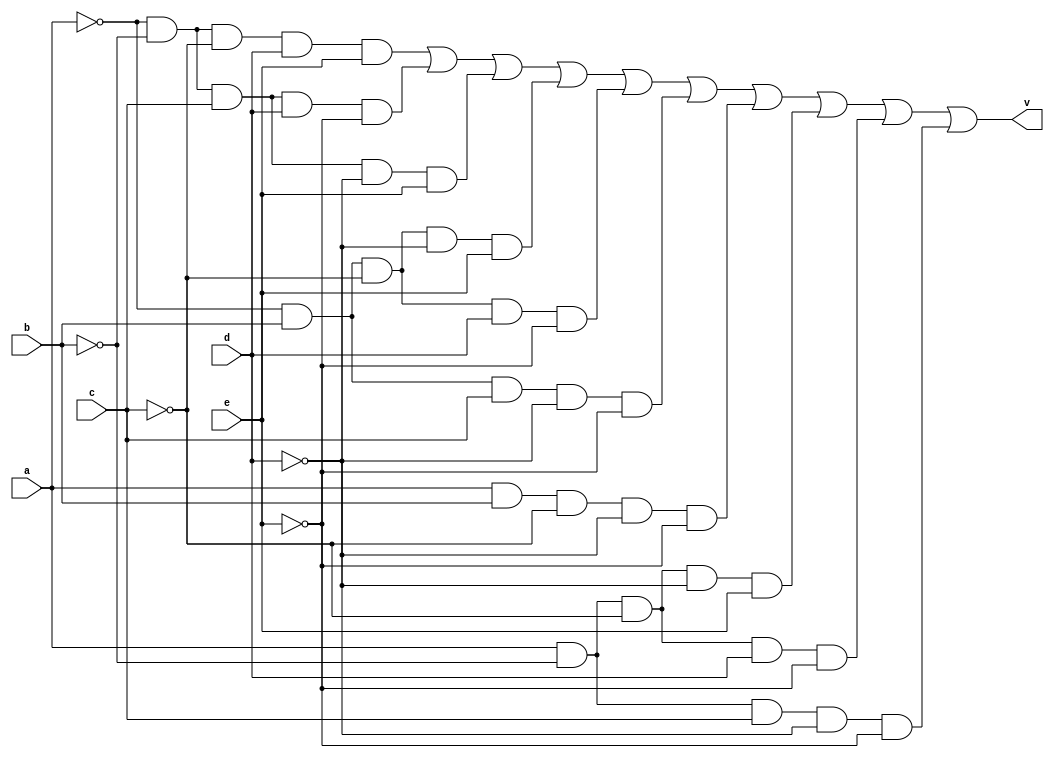
module validator (
	a, b, c, d, e,
	v
);

	input  a, b, c, d, e;
	output v;
	
	wire an, bn, cn, dn, en;
	wire o1, o2, o3, o4, o5, o6, o7, o8, o9, o10;
	
	not(an, a);
	not(bn, b);
	not(cn, c);
	not(dn, d);
	not(en, e);
	
	// 1
	and(o1, an, bn, cn, d, e);
	
	// 2
	and(o2, an, bn, c, d, en);
	
	// 3
	and(o3, an, bn, c, dn, e);
	
	// 4
	and(o4, an, b, cn, dn, e);
	
	// 5
	and(o5, an, b, cn, d, en);
	
	// 6
	and(o6, an, b, c, dn, en);
	
	// 7
	and(o7, a, b, cn, dn, en);
	
	// 8
	and(o8, a, bn, cn, dn, e);
	
	// 9
	and(o9, a, bn, cn, d, en);
	
	// 10
	and(o10, a, bn, c, dn, en);
	
	// end
	or(v, o1, o2, o3, o4, o5, o6, o7, o8, o9, o10);
endmodule